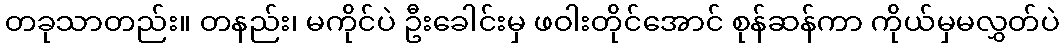
တခုသာတည်း။ တနည်း၊ မကိုင်ပဲ ဦးခေါင်းမှ ဖဝါးတိုင်အောင် စုန်ဆန်ကာ ကိုယ်မှမလွှတ်ပဲ